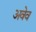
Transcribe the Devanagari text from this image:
अवेव